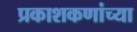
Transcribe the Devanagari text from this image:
प्रकाशकणांच्या